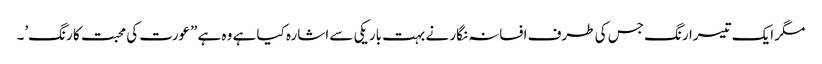
مگر ایک تیسرا رنگ جس کی طرف افسانہ نگار نے بہت باریکی سے اشارہ کیا ہے وہ ہے ”عورت کی محبت کا رنگ’۔